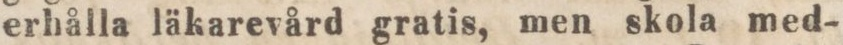
erhålla läkarevård gratis, men skola med-